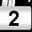
Digit: 2